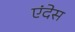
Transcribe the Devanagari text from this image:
एंदेस